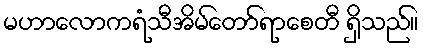
မဟာလောကရံသီအိမ်တော်ရာစေတီ ရှိသည်။